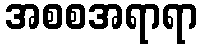
အစစအရာရာ